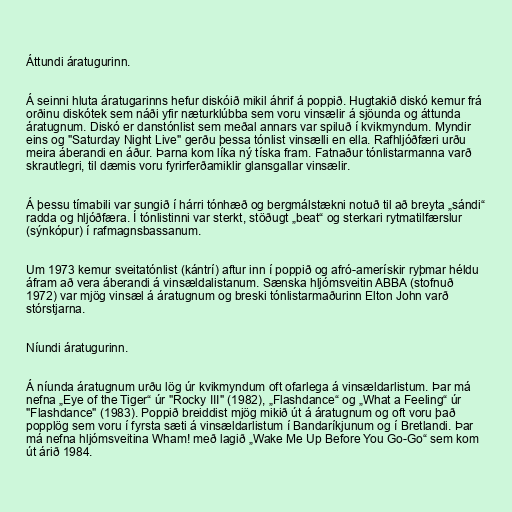
Áttundi áratugurinn.

Á seinni hluta áratugarinns hefur diskóið mikil áhrif á poppið. Hugtakið diskó kemur frá
orðinu diskótek sem náði yfir næturklúbba sem voru vinsælir á sjöunda og áttunda
áratugnum. Diskó er danstónlist sem meðal annars var spiluð í kvikmyndum. Myndir
eins og "Saturday Night Live" gerðu þessa tónlist vinsælli en ella. Rafhljóðfæri urðu
meira áberandi en áður. Þarna kom líka ný tíska fram. Fatnaður tónlistarmanna varð
skrautlegri, til dæmis voru fyrirferðamiklir glansgallar vinsælir.

Á þessu tímabili var sungið í hárri tónhæð og bergmálstækni notuð til að breyta „sándi“
radda og hljóðfæra. Í tónlistinni var sterkt, stöðugt „beat“ og sterkari rytmatilfærslur
(sýnkópur) í rafmagnsbassanum.

Um 1973 kemur sveitatónlist (kántrí) aftur inn í poppið og afró-amerískir ryþmar héldu
áfram að vera áberandi á vinsældalistanum. Sænska hljómsveitin ABBA (stofnuð
1972) var mjög vinsæl á áratugnum og breski tónlistarmaðurinn Elton John varð
stórstjarna.

Níundi áratugurinn.

Á níunda áratugnum urðu lög úr kvikmyndum oft ofarlega á vinsældarlistum. Þar má
nefna „Eye of the Tiger“ úr "Rocky III" (1982), „Flashdance“ og „What a Feeling“ úr
"Flashdance" (1983). Poppið breiddist mjög mikið út á áratugnum og oft voru það
popplög sem voru í fyrsta sæti á vinsældarlistum í Bandaríkjunum og í Bretlandi. Þar
má nefna hljómsveitina Wham! með lagið „Wake Me Up Before You Go-Go“ sem kom
út árið 1984.